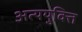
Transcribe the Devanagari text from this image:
अत्ययुक्ति